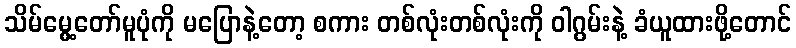
သိမ်မွေ့တော်မူပုံကို မပြောနဲ့တော့ စကား တစ်လုံးတစ်လုံးကို ဝါဂွမ်းနဲ့ ခံယူထားဖို့တောင်